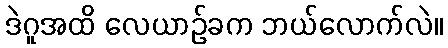
ဒဲဂူအထိ လေယာဉ်ခက ဘယ်လောက်လဲ။